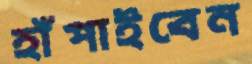
হাঁপাইবেন